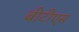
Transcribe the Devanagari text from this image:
बीटीएस